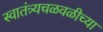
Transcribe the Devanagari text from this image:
स्वातंत्र्यचळवळीच्या